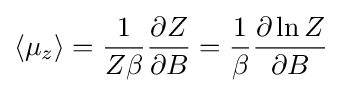
\left\langle \mu _{z}\right\rangle ={1 \over Z\beta }{\frac {\partial Z}{\partial B}}={1 \over \beta }{\frac {\partial \ln Z}{\partial B}}